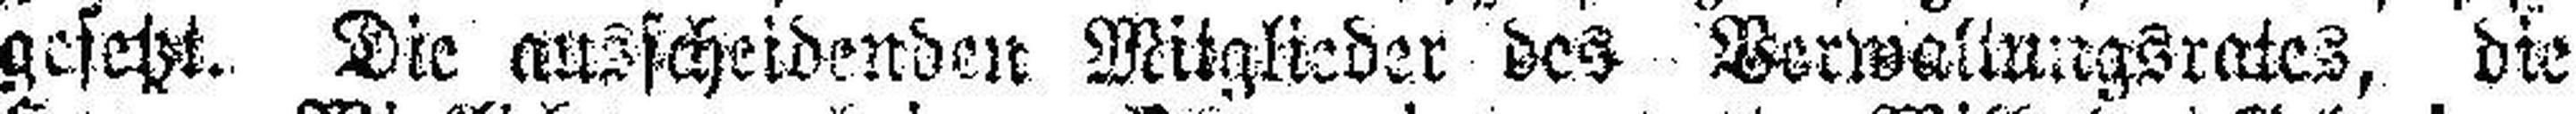
gesetzt. Die ausscheidenden Mitglieder des Verwaltungsrates, die